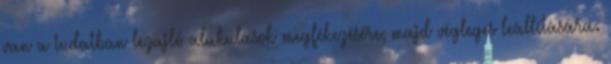
van a tudatban lezajló alakulások megfékezésére, majd végleges leállítására.